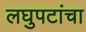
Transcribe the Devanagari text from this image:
लघुपटांचा